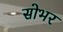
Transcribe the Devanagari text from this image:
सोभर